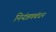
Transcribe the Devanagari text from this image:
नियंत्रणबंधन